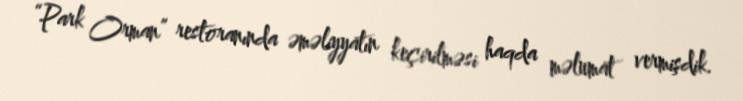
“Park Orman” restoranında əməliyyatın keçirilməsi haqda məlumat vermişdik.